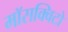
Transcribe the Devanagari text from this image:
माॅसक्विटो